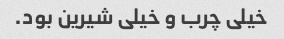
خیلی چرب و خیلی شیرین بود.